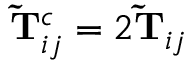
\mathbf { \widetilde { T } } _ { i j } ^ { c } = 2 \mathbf { \widetilde { T } } _ { i j }